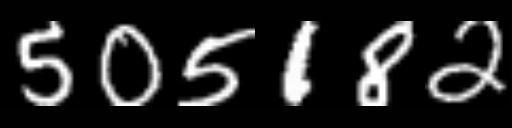
Text: 505182